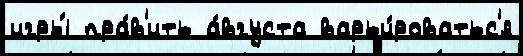
игры́ пра́в'ить а́вгуста варьи́роватьс'я